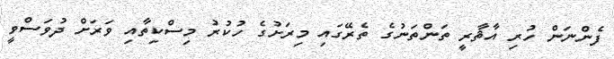
ފެންނަން ހުރި އާޘާރީ ތަންތަނުގެ ތެރޭގައި މިރަށުގެ ހުކުރު މިސްކިތާއި ވަރަށް ދުވަސްވީ